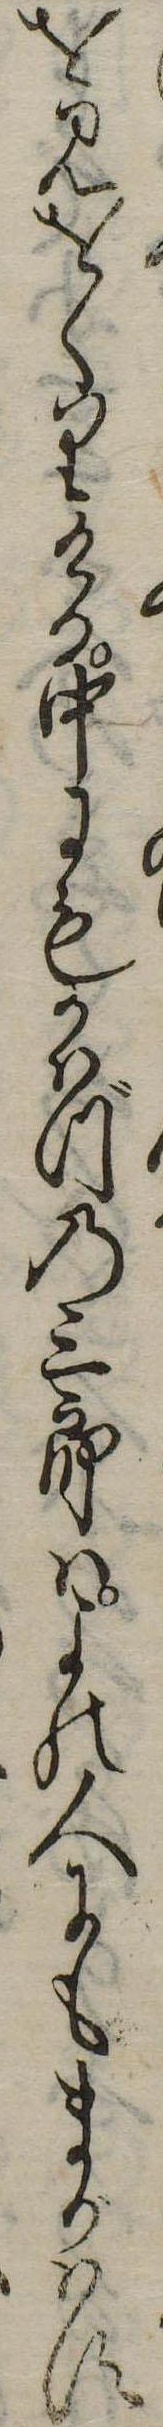
を見をくりける中にもかはづの三郎はよの人にもまがはす